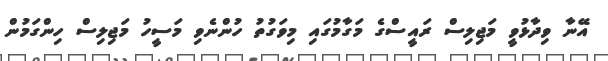
އޭނާ ވިދާޅުވީ މަޖިލިސް ރައީސްގެ މަގާމުގައި މިވަގުތު ހުންނެވި މަސީހު މަޖިލިސް ހިންގަމުން